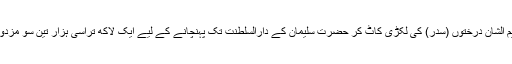
ایک روایت ہے کہ ان عظیم الشان درختوں (سدر) کی لکڑی کاٹ کر حضرت سلیمان کے دارالسلطنت تک پہنچانے کے لیے ایک لاکھ تراسی ہزار تین سو مزدوروں کو متعین کیا گیا تھا ۔